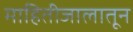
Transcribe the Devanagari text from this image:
माहितीजालातून